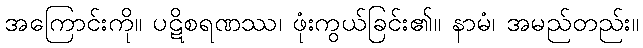
အကြောင်းကို။ ပဋိစရဏဿ၊ ဖုံးကွယ်ခြင်း၏။ နာမံ၊ အမည်တည်း။